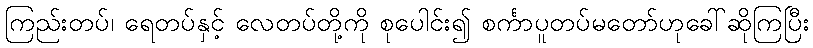
ကြည်းတပ်၊ ရေတပ်နှင့် လေတပ်တို့ကို စုပေါင်း၍ စင်္ကာပူတပ်မတော်ဟုခေါ်ဆိုကြပြီး